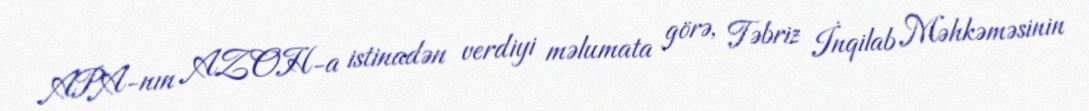
APA-nın AZOH-a istinadən verdiyi məlumata görə, Təbriz İnqilab Məhkəməsinin